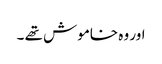
اور وہ خاموش تھے ۔